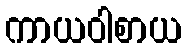
ကာယဝါစာယ